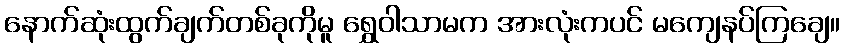
နောက်ဆုံးထွက်ချက်တစ်ခုကိုမူ ရွှေဝါသာမက အားလုံးကပင် မကျေနပ်ကြချေ။